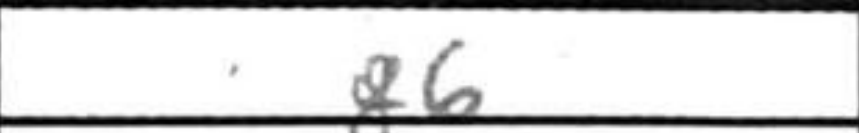
Transcription: g6